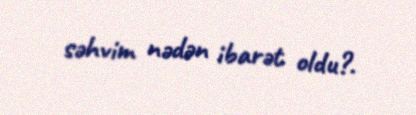
səhvim nədən ibarət oldu?.